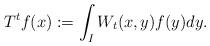
LaTeX: \begin{align*} T^tf(x):=\int_IW_t(x,y)f(y)dy.\end{align*}